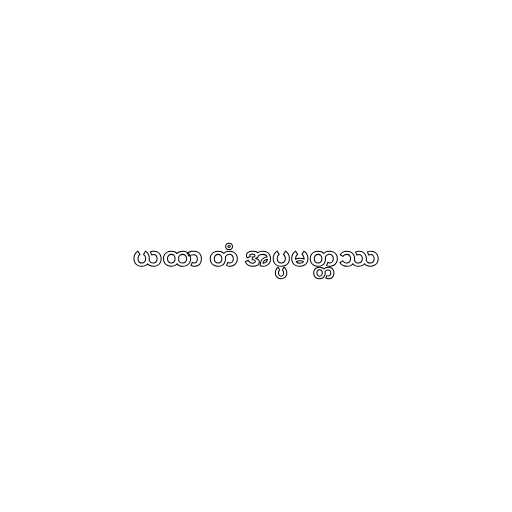
ယထာ တံ အပ္ပမတ္တဿ